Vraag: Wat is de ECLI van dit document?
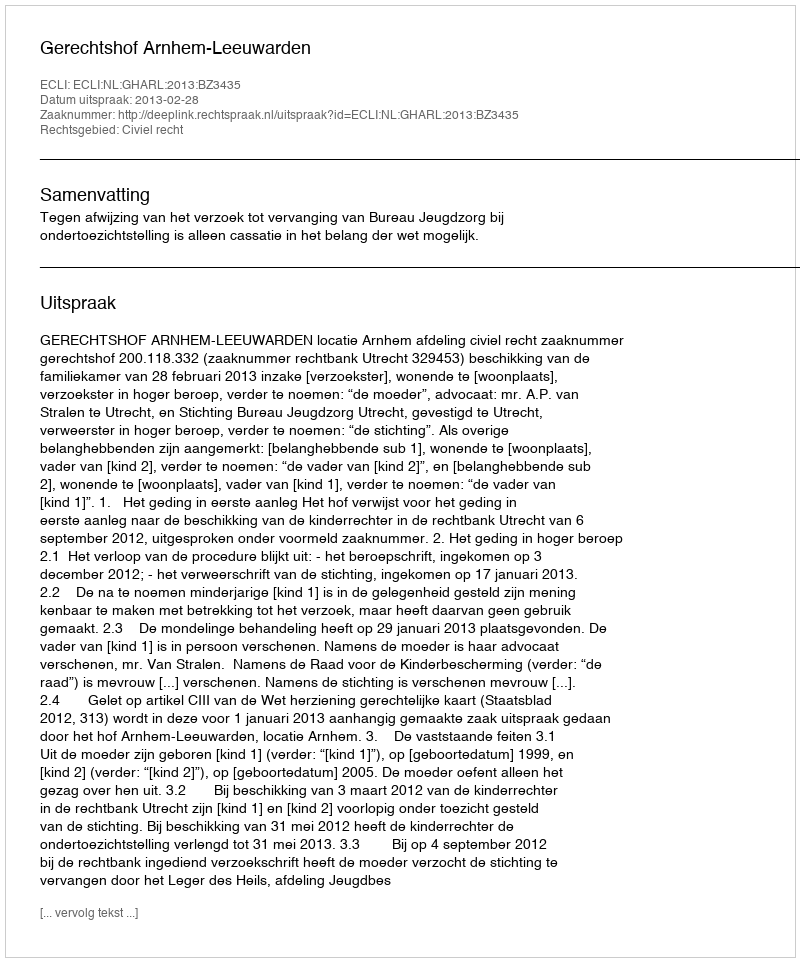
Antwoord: ECLI:NL:GHARL:2013:BZ3435